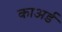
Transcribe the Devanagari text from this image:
काअर्ड